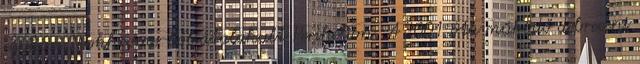
egykori Neokhrome-ból átalakult Perihelion. A 2001 óta működő debreceni